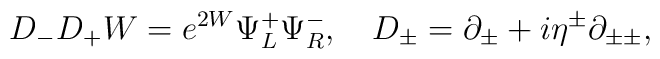
D_-D_+W = e^{2W}\Psi^+_L\Psi^-_R,~~~D_{\pm} = \partial_{\pm} + i\eta^{\pm}\partial_{\pm\pm},